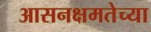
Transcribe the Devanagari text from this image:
आसनक्षमतेच्या